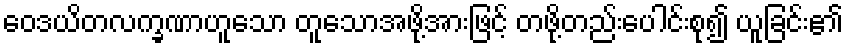
ဝေဒယိတလက္ခဏာဟူသော တူသောအဖို့အားဖြင့် တဖို့တည်းပေါင်းစု၍ ယူခြင်း၏